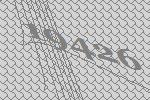
19426